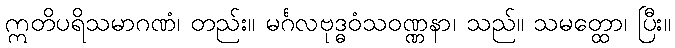
ဣတိပရိသမာဂဏံ၊ တည်း။ မင်္ဂလဗုဒ္ဓဝံသဝဏ္ဏနာ၊ သည်။ သမတ္ထော၊ ပြီး။